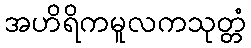
အဟိရိကမူလကသုတ္တံ